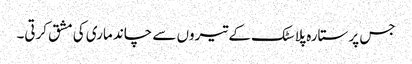
جس پر ستارہ پلاسٹک کے تیروں سے چاند ماری کی مشق کرتی۔